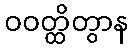
ဝဝတ္ထိတွာန